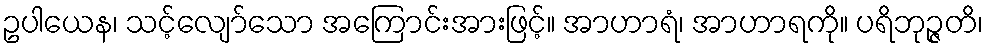
ဥပါယေန၊ သင့်လျော်သော အကြောင်းအားဖြင့်။ အာဟာရံ၊ အာဟာရကို။ ပရိဘုဉ္ဇတိ၊